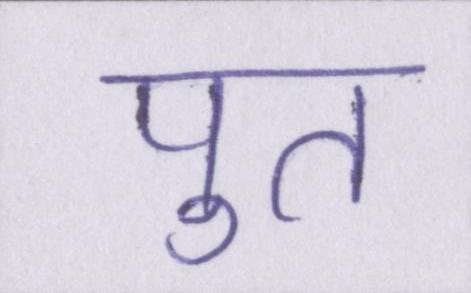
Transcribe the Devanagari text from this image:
पुत